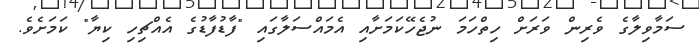
ސަމާވިލާގެ ވެރިން ވަރަށް ހިތްހަމަ ނުޖެހޭކަމަށާއި އެމައްސަލާގައި "ފާޑުފާޑުގެ އެއްޗިހި ކިޔާ" ކަމަށެވެ.